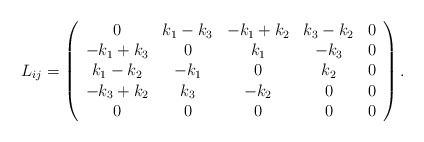
\begin{align*}L_{ij}=\left(\begin{array}{ccccc}0 & k_{1}-k_{3} & -k_{1}+k_{2} & k_{3}-k_{2} & 0 \\-k_{1}+k_{3} & 0 & k_{1} & -k_{3} & 0 \\k_{1}-k_{2} & -k_{1} & 0 & k_{2} & 0 \\-k_{3}+k_{2} & k_{3} & -k_{2} & 0 & 0 \\0 & 0 & 0 & 0 & 0\end{array}\right) .\end{align*}